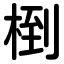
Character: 椡